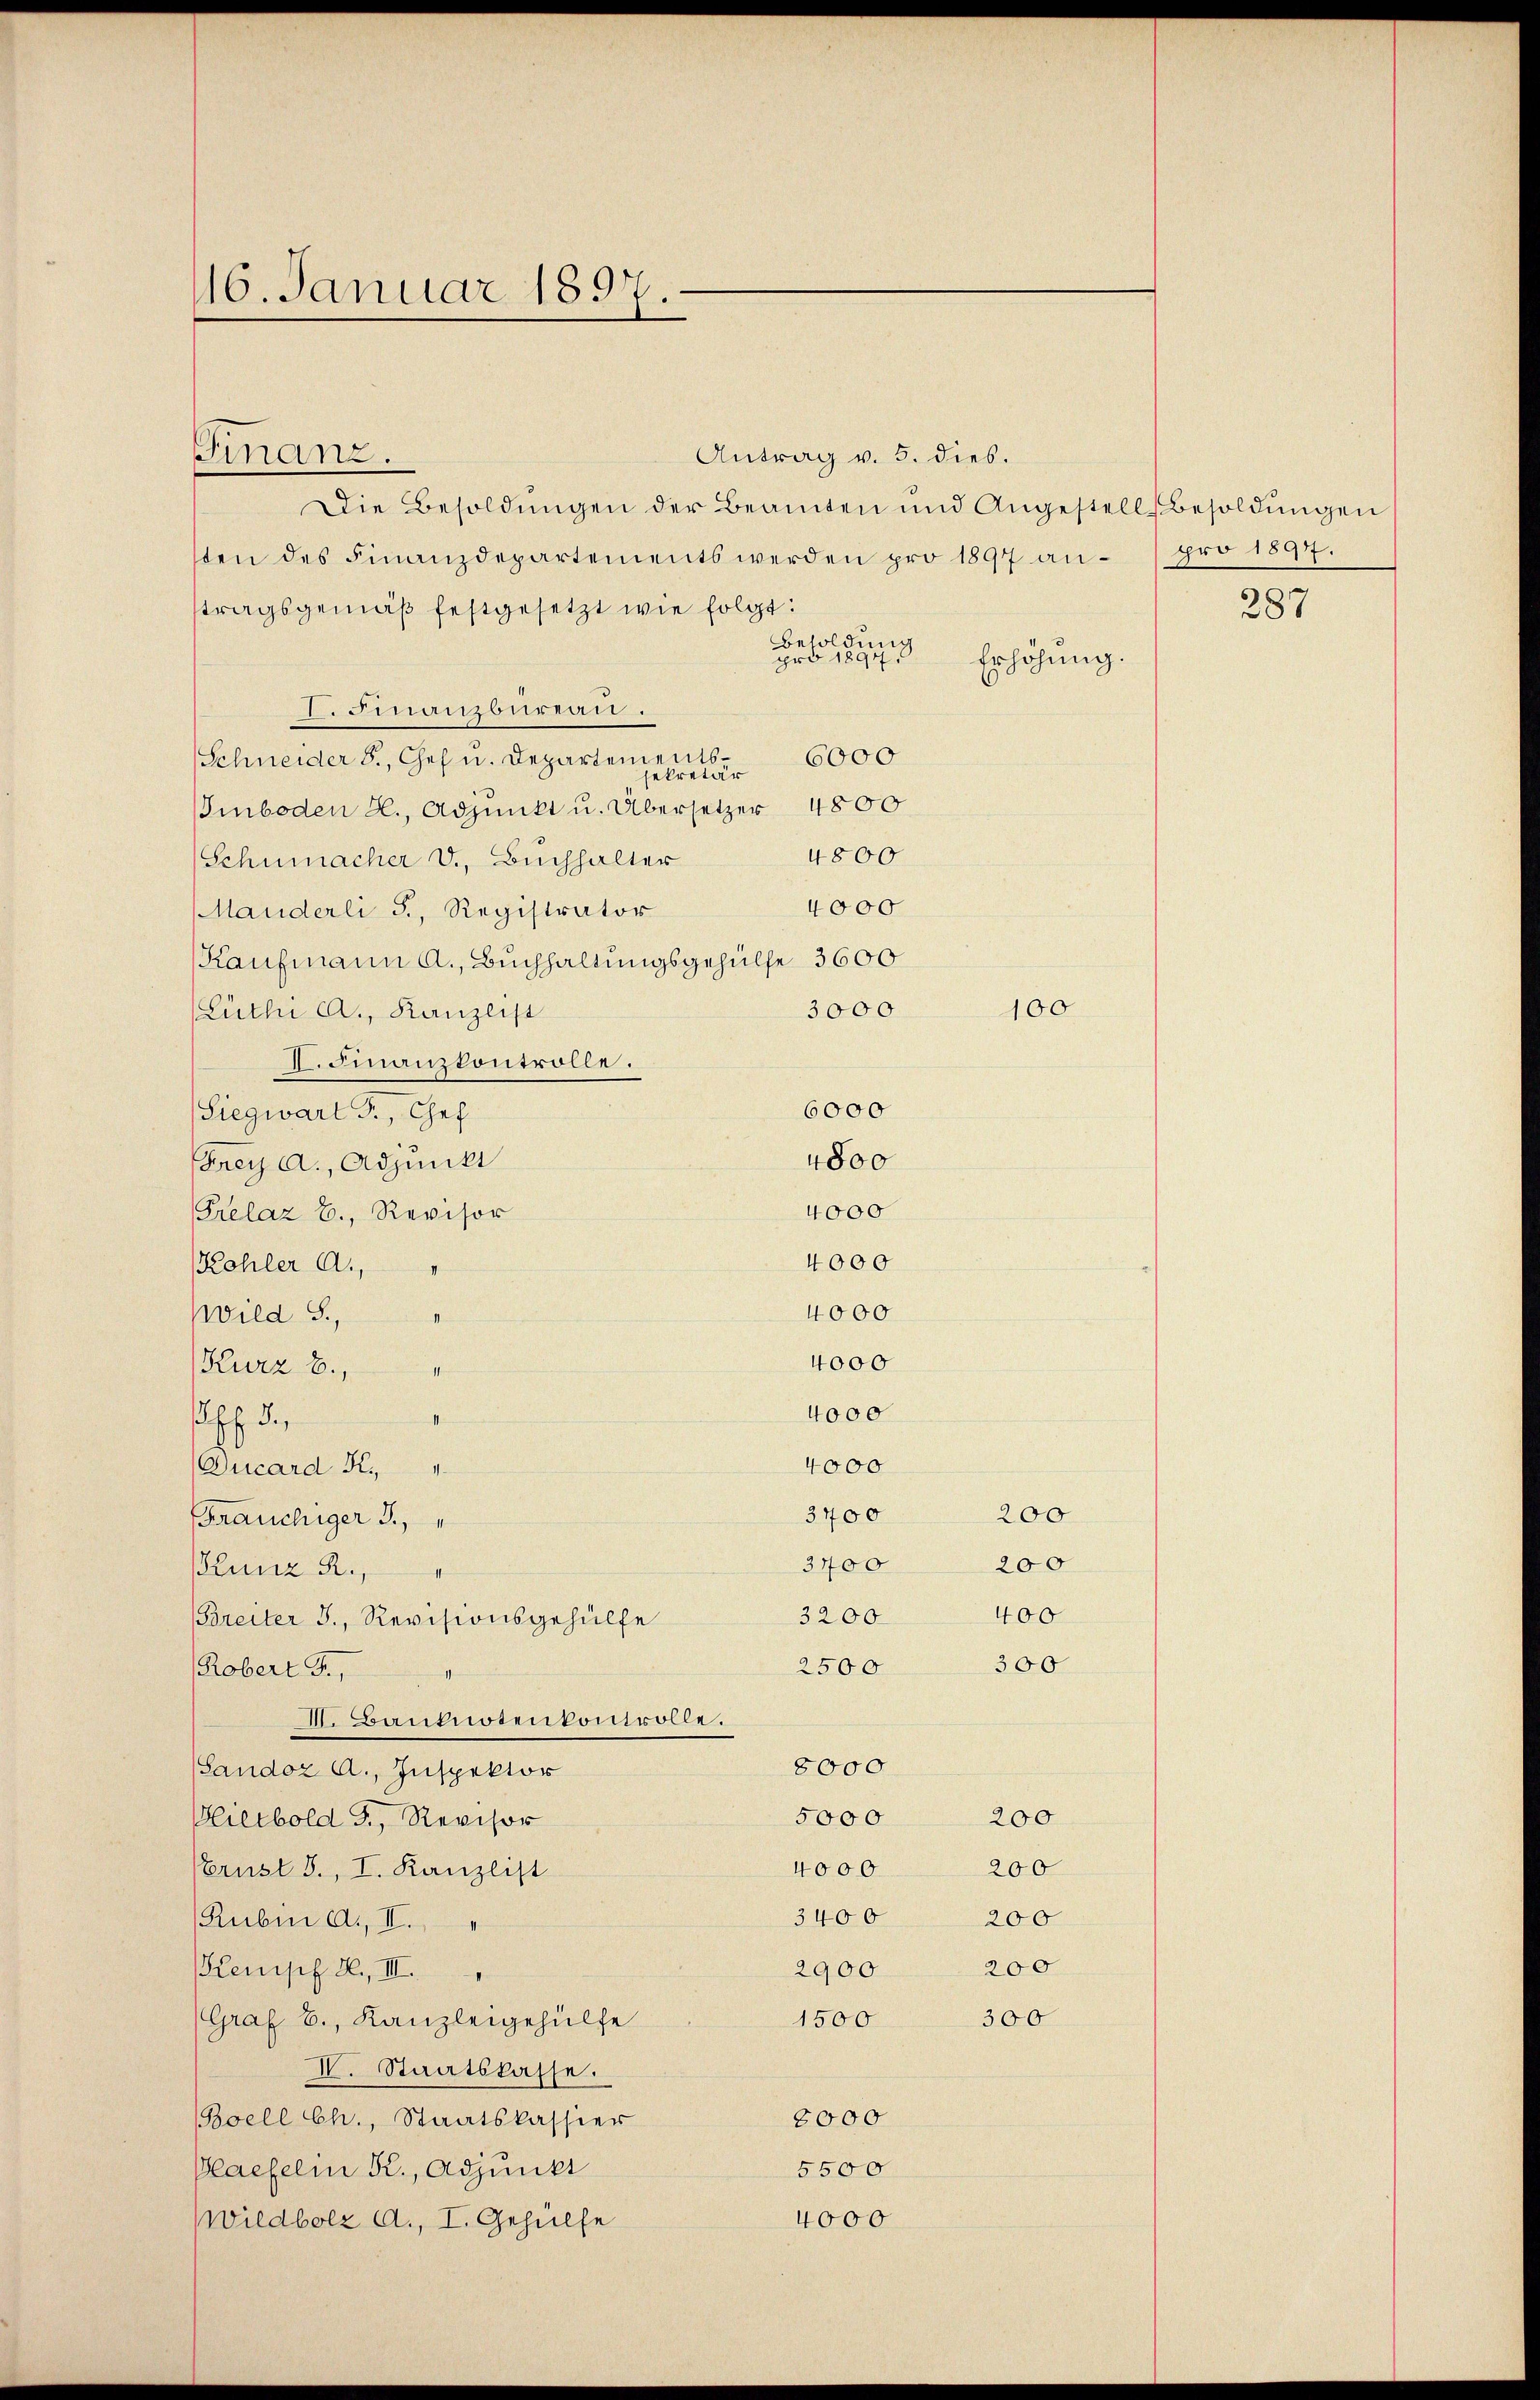
16. Januar 1897.

Antrag v. 5. dies.
Die Besoldŭngen der Beamten und Angestell Besoldŭngen
sten des Finanzdepartements werden pro 1897 an- pro 1897.
stragsgemäß festgesetzt wie folgt:
Besoldung
pro 1897.
D. Finanzbureau.
Schneider 8., Chef u. Departements 6000
sekretär
Smboden L., Adjunkt u. Übersetzer 4800
4800
Schumacher V., Buchhalter
4000
Manderli J., Registrator
Kaufmann a., Buchhaltungsgehülfe 3600
3000
(Lüthi A., Kanzlist
II. Finanzkontrolle.
6000
gicae d. 147
4800
Frey a., Adjunkt
4000
Prelaz b., Revisor
4000
Kohler A.
4000
Wild S.,
4000
Kurz b.,
i
4000
 die
4000
Qucard K.,
3400
200
räuchiger J.
3400
200
Kunz R.,
400
3200
Breiter 3., Revisionsgehülfe
300
2500
Robert F.,
II. Banknotenkontrolle.
8000
(Sandoz A., Inspektor
5000
200
Hierbold G., Revisor
200
4000
Brust 3., I. Kanzlist
3400
200
Rubin a., II.
200
Kenipf H., III.
2900
300
1500
(Graf B., Kanzleigehülfe
IV. Staatskasse.
8000
Boell Ch., Staatskassier
5500
Plaefelin Kr., Adjunkt
4000
(Wildbolz A., I. Gehülfe

Finanz.

Erhöhung.

100

287